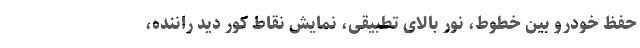
حفظ خودرو بین خطوط، نور بالای تطبیقی، نمایش نقاط کور دید راننده،